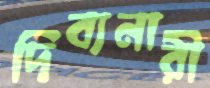
দিব্যনারী